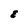
Character: E